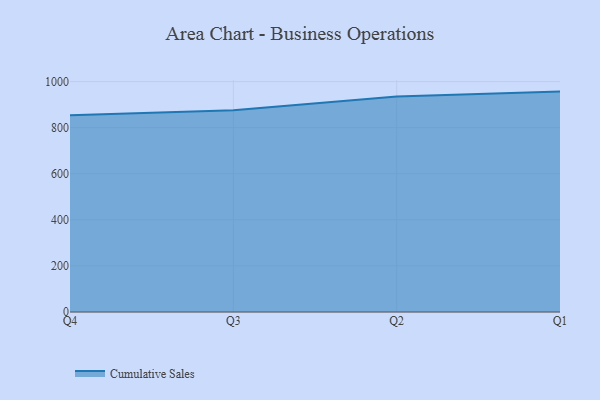
{"axis": {"x": "Quarter", "y": "Backlog"}, "legend": ["Cumulative Sales"], "data": [{"x": "Q4", "y": 853.5, "type": "Cumulative Sales"}, {"x": "Q3", "y": 875.2, "type": "Cumulative Sales"}, {"x": "Q2", "y": 935.6, "type": "Cumulative Sales"}, {"x": "Q1", "y": 956.5, "type": "Cumulative Sales"}]}